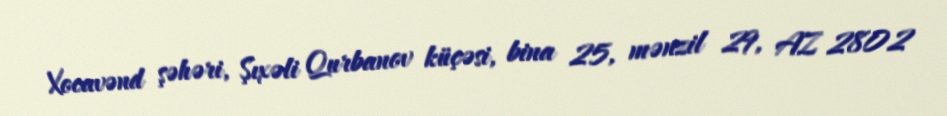
Xocavənd şəhəri, Şıxəli Qurbanov küçəsi, bina 25, mənzil 29, AZ 2802